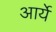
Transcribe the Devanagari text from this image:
आर्ये